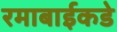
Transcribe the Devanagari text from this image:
रमाबाईकडे